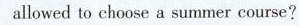
allowed to choose a summer course?